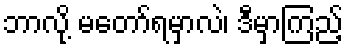
ဘာလို့ မတော်ရမှာလဲ၊ ဒီမှာကြည့်